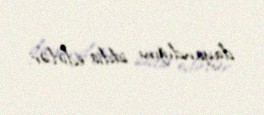
dayandığını iddia edirlər.